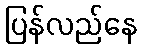
ပြန်လည်နေ